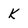
Character: k